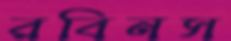
রবিনস